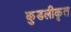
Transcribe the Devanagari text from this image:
कुडलीकृत